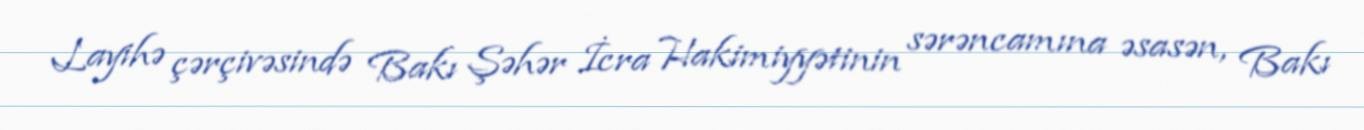
Layihə çərçivəsində Bakı Şəhər İcra Hakimiyyətinin sərəncamına əsasən, Bakı